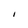
Character: i